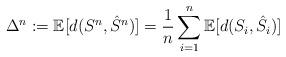
LaTeX: \begin{align*}\Delta^n:= \mathbb{E}[d(S^n, \hat{S}^n)] = \frac{1}{n} \sum_{i=1}^n \mathbb{E}[d(S_i, \hat{S}_i)]\end{align*}